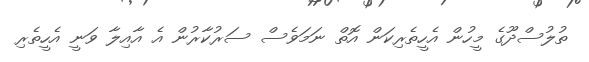
ތުލުސްދޫގެ މީހުން އެހީތެރިކަން އޮތް ނަމަވެސް ސަރުކާރުން އެ އާއިލާ ވަނީ އެހީތެރި